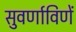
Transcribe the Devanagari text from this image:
सुवर्णाविणें